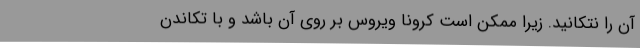
آن را نتکانید. زیرا ممکن است کرونا ویروس بر روی آن باشد و با تکاندن